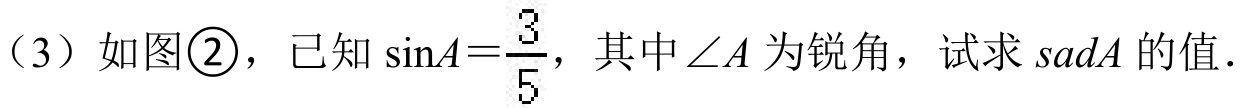
（3）如图\textcircled{2}，已知 \(\sin A=\frac{3}{5}\)，其中\(\angle A\) 为锐角，试求 \(sadA\) 的值.